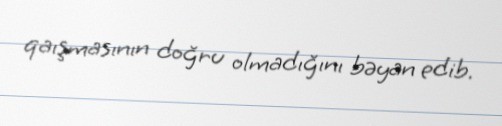
qaışmasının doğru olmadığını bəyan edib.